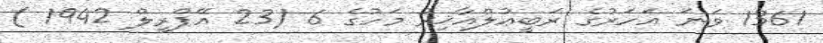
1361 ވަނަ އަހަރުގެ ރަބީޢުލްއާޚިރު މަހުގެ 6 (23 އޭޕްރީލް 1942 )